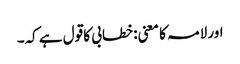
اور لامہ کا معنی: خطابی کا قول ہے کہ۔